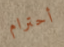
أحترام